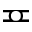
\eqcirc